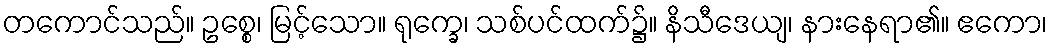
တကောင်သည်။ ဥစ္စေ၊ မြင့်သော။ ရုက္ခေ၊ သစ်ပင်ထက်၌။ နိသီဒေယျ၊ နားနေရာ၏။ ဧကော၊